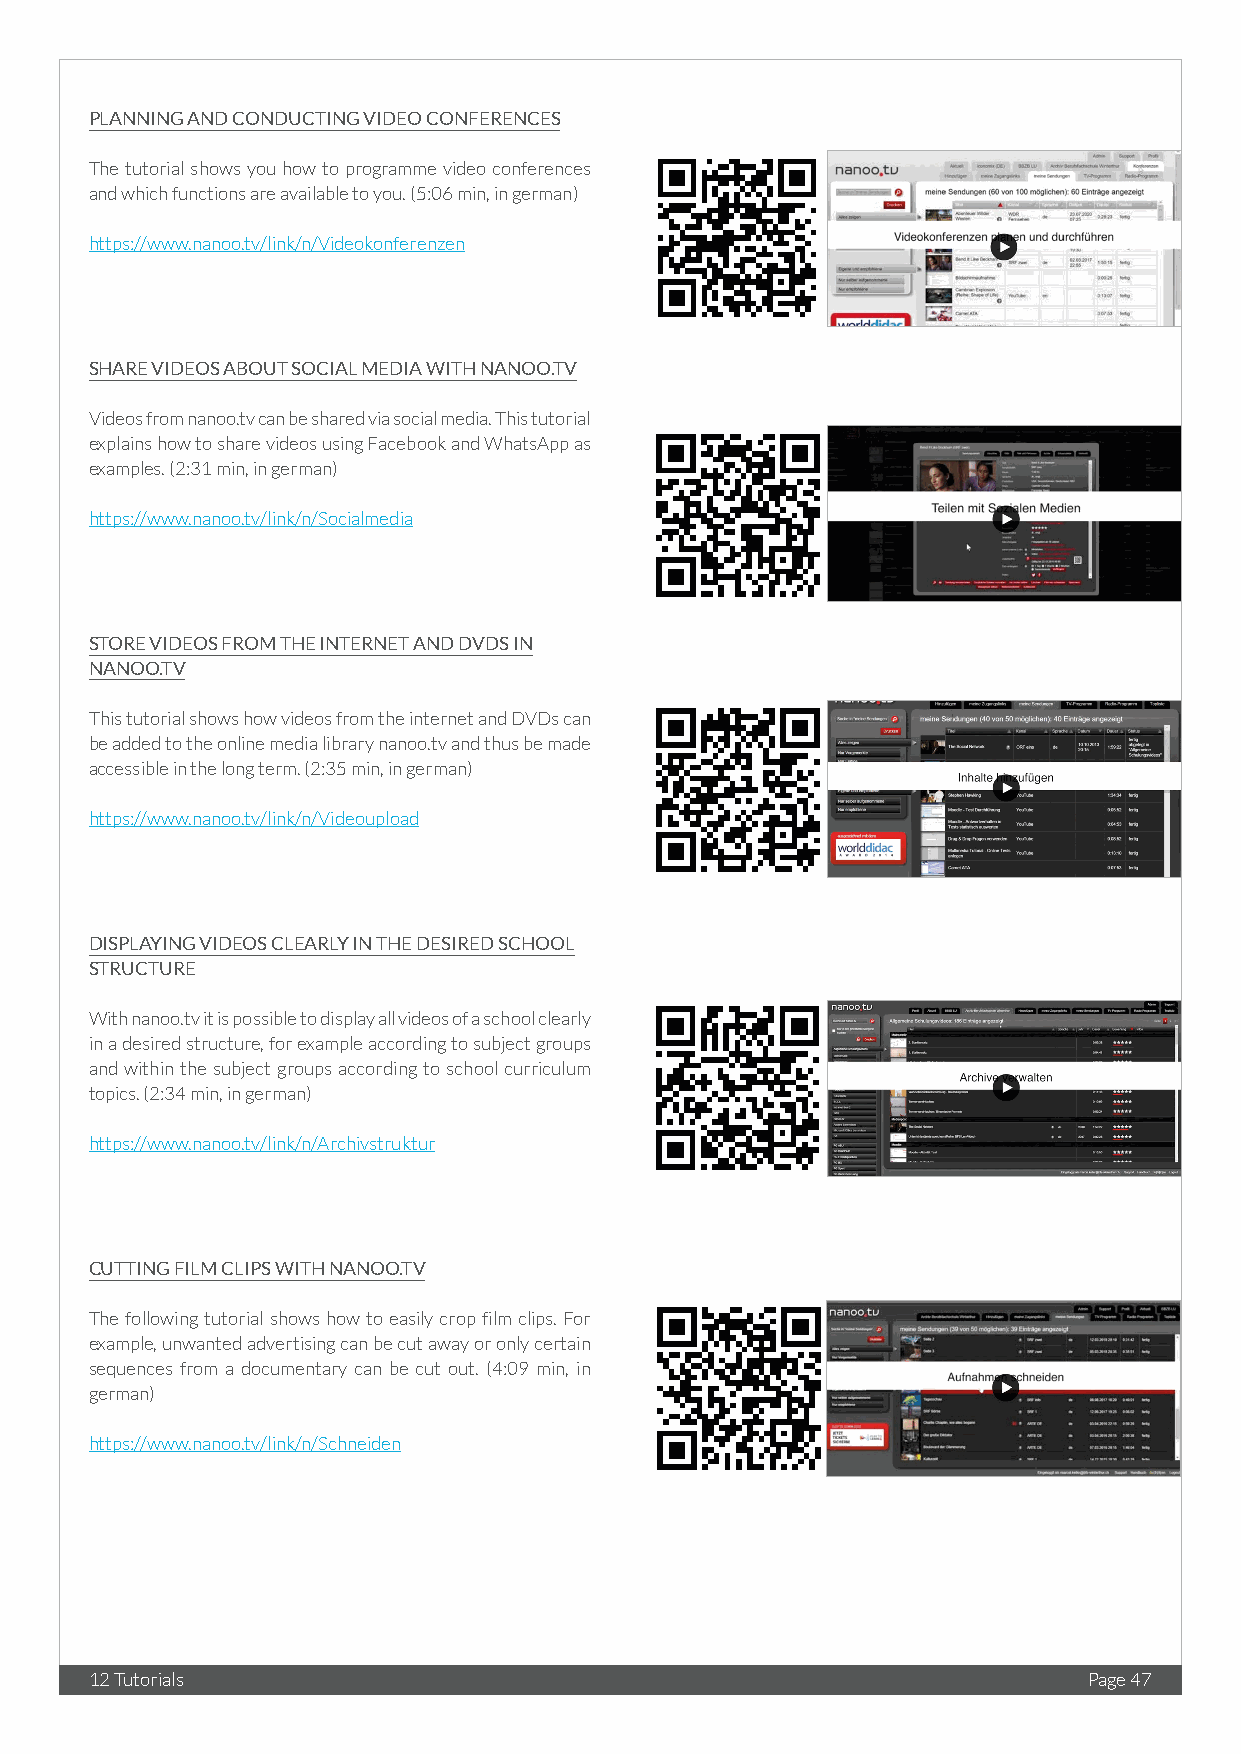
PLANNING AND CONDUCTING VIDEO CONFERENCES
 The tutorial shows you how to programme video conferences
 and which functions are available to you. (5:06 min, in german)
 https://www.nanoo.tv/link/n/Videokonferenzen
 SHARE VIDEOS ABOUT SOCIAL MEDIA WITH NANOO.TV
 Videos from nanoo.tv can be shared via social media. This tutorial
 explains how to share videos using Facebook and WhatsApp as
 examples. (2:31 min, in german)
 https://www.nanoo.tv/link/n/Socialmedia
 STORE VIDEOS FROM THE INTERNET AND DVDS IN
 NANOO.TV
 This tutorial shows how videos from the internet and DVDs can
 be added to the online media library nanoo.tv and thus be made
 accessible in the long term. (2:35 min, in german)
 https://www.nanoo.tv/link/n/Videoupload
 DISPLAYING VIDEOS CLEARLY IN THE DESIRED SCHOOL
 STRUCTURE
 With nanoo.tv it is possible to display all videos of a school clearly
 in a desired structure, for example according to subject groups
 and within the subject groups according to school curriculum
 topics. (2:34 min, in german)
 https://www.nanoo.tv/link/n/Archivstruktur
 CUTTING FILM CLIPS WITH NANOO.TV
 The following tutorial shows how to easily crop film clips. For
 example, unwanted advertising can be cut away or only certain
 sequences from a documentary can be cut out. (4:09 min, in
 german)
 https://www.nanoo.tv/link/n/Schneiden
 12 Tutorials                                                      Page 47